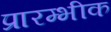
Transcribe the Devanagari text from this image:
प्रारम्भीक